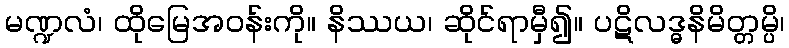
မဏ္ဍလံ၊ ထိုမြေအဝန်းကို။ နိဿယ၊ ဆိုင်ရာမှီ၍။ ပဋိလဒ္ဓနိမိတ္တမ္ပိ၊